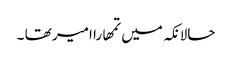
حالانکہ میں تمھارا امیر تھا ۔